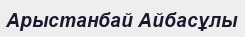
Арыстанбай Айбасұлы